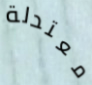
معتدلة